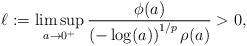
LaTeX: \begin{align*}\ell:=\limsup_{a\to 0^+}\frac{\phi(a)}{\left(-\log(a)\right)^{1/p}\rho(a)}>0,\end{align*}